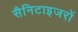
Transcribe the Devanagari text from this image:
सैनिटाइजरों